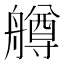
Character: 𦪚